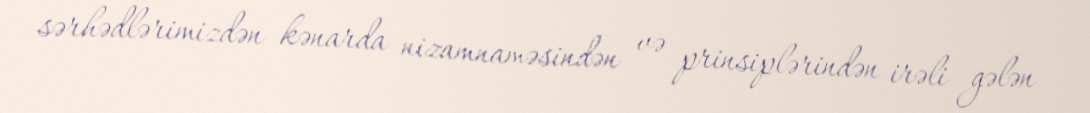
sərhədlərimizdən kənarda nizamnaməsindən və prinsiplərindən irəli gələn